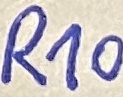
Text: R10